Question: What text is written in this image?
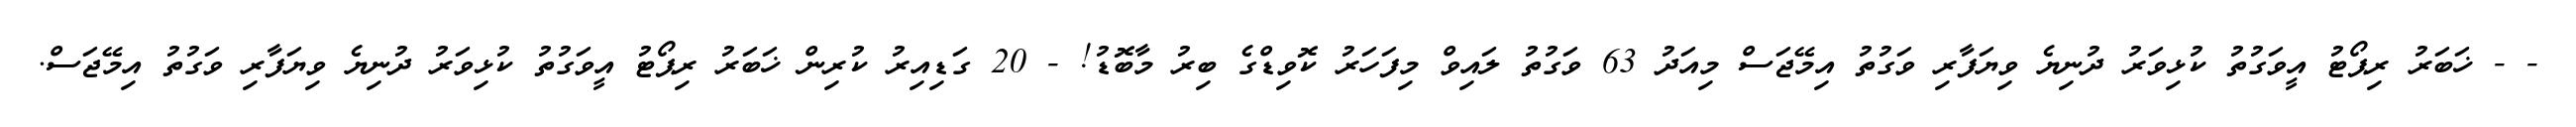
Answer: - - ޚަބަރު ރިޕޯޓު އީވަގުތު ކުޅިވަރު ދުނިޔެ ވިޔަފާރި ވަގުތު އިމޭޖަސް މިއަދު 63 ވަގުތު ލައިވް މިފަހަރު ކޮވިޑްގެ ބިރު މާބޮޑު! - 20 ގަޑިއިރު ކުރިން ޚަބަރު ރިޕޯޓު އީވަގުތު ކުޅިވަރު ދުނިޔެ ވިޔަފާރި ވަގުތު އިމޭޖަސް.